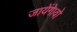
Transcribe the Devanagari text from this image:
जायेंगे।वो